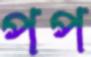
পপ